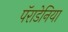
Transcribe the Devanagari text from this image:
पॅराडेनिया